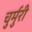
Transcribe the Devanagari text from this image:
चुर्मुरी